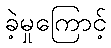
ခဲ့မှုကြောင့်